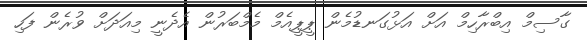
ގާސިމް އިބްރާހިމް އަށް އަޅުގަނޑުމެން ޕީޕީއެމް މެމްބަރުން އެދެނީ މިއަދަށް ވުރެން ފަހި